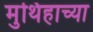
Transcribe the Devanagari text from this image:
मुथिहाच्या